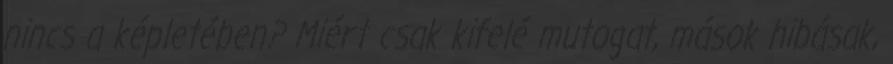
nincs a képletében? Miért csak kifelé mutogat, mások hibásak,